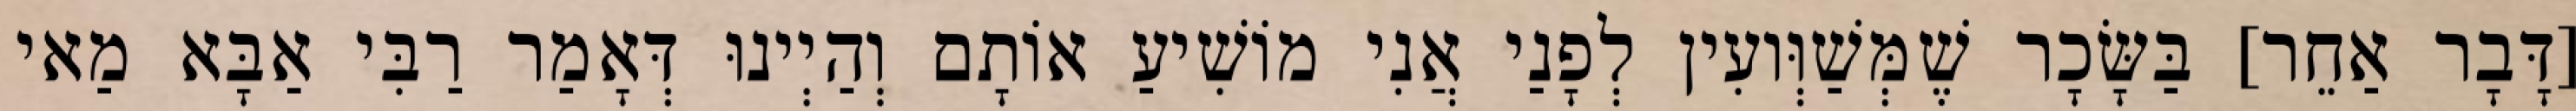
[דָּבָר אַחֵר] בַּשָּׂכָר שֶׁמְּשַׁוְּועִין לְפָנַי אֲנִי מוֹשִׁיעַ אוֹתָם וְהַיְינוּ דְּאָמַר רַבִּי אַבָּא מַאי